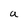
Character: a